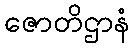
ဇောတိဌာနံ